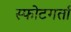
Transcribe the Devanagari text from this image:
स्फोटगर्ता